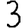
Digit: 3